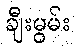
ချီးမွမ်း